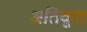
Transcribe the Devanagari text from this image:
अतिकूट